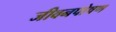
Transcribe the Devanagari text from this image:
जीवनपोषण